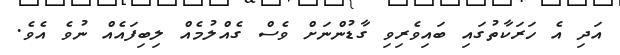
އަދި އެ ހަރަކާތުގައި ބައިވެރިވި ގާޑުންނަށް ވެސް ގެއްލުމެއް ލިބިފައެއް ނުވެ އެވެ.